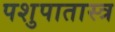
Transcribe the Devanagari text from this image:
पशुपातास्त्र